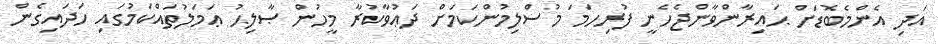
އަދި އެންމެބޮޑަށް ޙައިރާންވާންޖެހެނީ ފުރިހަމަ މުސްލިމުންކަމަށް ދަޢުވާކުރާ މީހުން ޞާލިޙު ޢަމަލުތައްކަމުގައި ހަދައިގެން